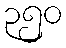
၃၅၀